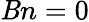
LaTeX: \mathit{B}n=0